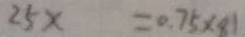
2 5 x = 0 . 7 5 \times 8 1